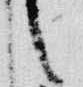
言